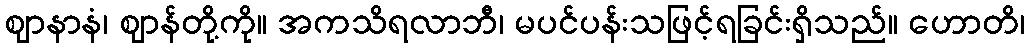
ဈာနာနံ၊ ဈာန်တို့ကို။ အကသိရလာဘီ၊ မပင်ပန်းသဖြင့်ရခြင်းရှိသည်။ ဟောတိ၊